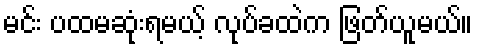
မင်း ပထမဆုံးရမယ့် လုပ်ခထဲက ဖြတ်ယူမယ်။